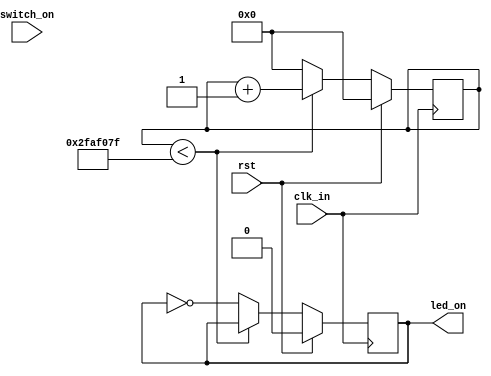
module led_test(clk_in,rst,switch_on,led_on);

input wire clk_in;
input wire rst;
input wire switch_on;
output reg led_on;

reg[31:0] counter;

// always@ (posedge clk_in) begin
//   if (rst) begin
//     led_on <= 0;
//   end
//   else begin
//     if (switch_on) begin
//       led_on <= 1;
//     end
//     else begin
//       led_on <= 0;
//     end
//   end
// end

always@ (posedge clk_in) begin
  if(rst) begin
    counter <= 0;
    led_on <= 0;
  end
  else if(counter < 49999999)begin
    counter <= counter + 1;
  end
  else begin
    counter <= 0;
    led_on <= ~led_on;
  end
end

endmodule